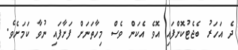
ދެ އަަހަރު ބެޖެޓުކޮށްފައި އޮވެ އެކަން ވެސް މިހާތަނަށް ފަށާފައި ނުވާ ކަމަށެވެ.